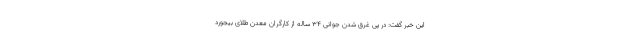
این خبر گفت: در پی غرق شدن جوانی ۳۴ ساله از کارگران معدن طلای بیجورد